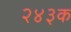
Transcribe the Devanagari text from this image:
२४३क